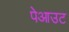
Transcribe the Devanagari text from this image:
पेआउट